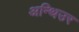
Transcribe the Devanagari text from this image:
अन्थिउर